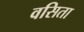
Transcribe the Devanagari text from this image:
वसिता